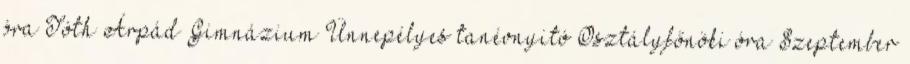
óra Tóth Árpád Gimnázium Ünnepélyes tanévnyitó Osztályfőnöki óra Szeptember